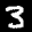
Label: 3